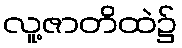
လူ့ဇာတိထဲ၌